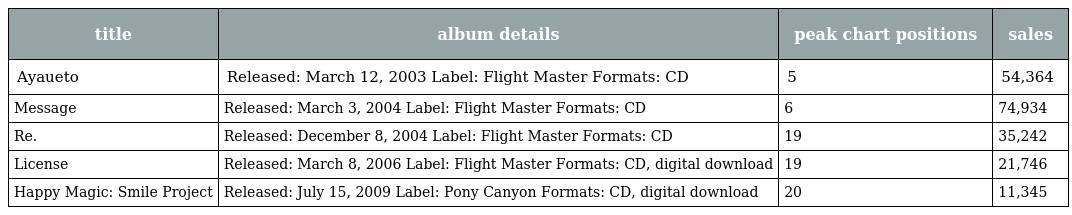
| title | album details | peak chart positions | sales |
 | --- | --- | --- | --- |
 | Ayaueto | Released: March 12, 2003 Label: Flight Master Formats: CD | 5 | 54,364 |
 | Message | Released: March 3, 2004 Label: Flight Master Formats: CD | 6 | 74,934 |
 | Re. | Released: December 8, 2004 Label: Flight Master Formats: CD | 19 | 35,242 |
 | License | Released: March 8, 2006 Label: Flight Master Formats: CD, digital download | 19 | 21,746 |
 | Happy Magic: Smile Project | Released: July 15, 2009 Label: Pony Canyon Formats: CD, digital download | 20 | 11,345 |